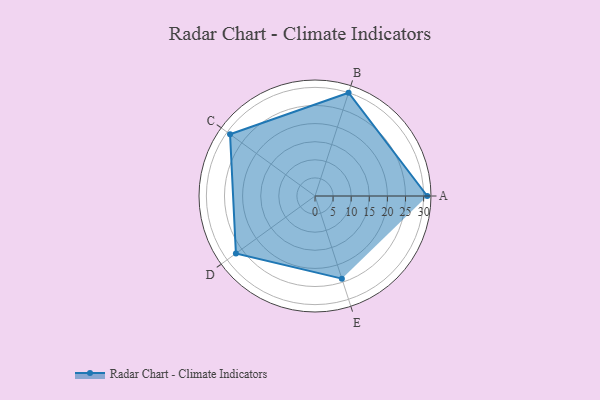
{"axis": {"x": "Skill", "y": "Score"}, "legend": ["Profile"], "data": [{"x": "A", "y": 31.0, "type": "Profile"}, {"x": "B", "y": 30.0, "type": "Profile"}, {"x": "C", "y": 29.0, "type": "Profile"}, {"x": "D", "y": 27.0, "type": "Profile"}, {"x": "E", "y": 24.0, "type": "Profile"}]}